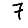
Digit: 7